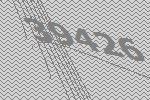
39426